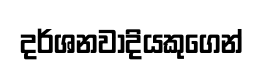
දර්ශනවාදියකුගෙන්